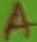
Text: A